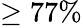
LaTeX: \geq 77\%